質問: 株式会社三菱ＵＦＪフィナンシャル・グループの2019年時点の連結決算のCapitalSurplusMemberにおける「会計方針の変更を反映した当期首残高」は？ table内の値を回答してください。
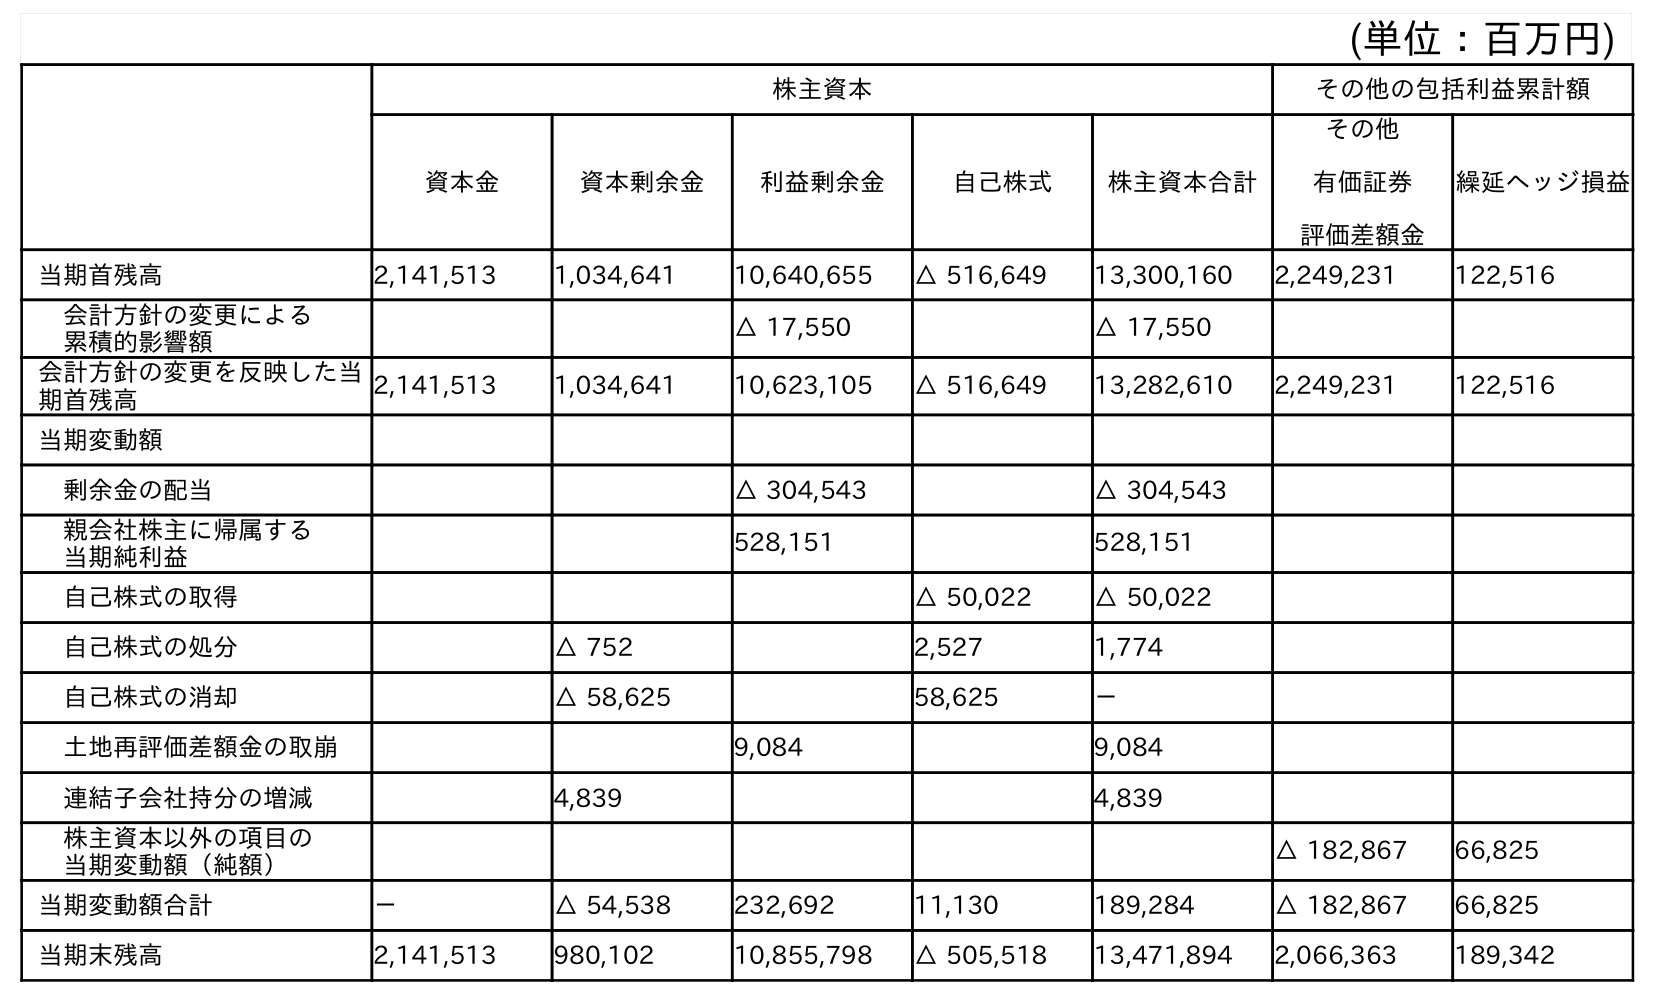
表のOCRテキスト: (単位：百万円) 株主資本 その他の包括利益累計額 資本金 資本剰余金 利益剰余金 自己株式 株主資本合計 その他 有価証券 評価差額金 繰延ヘッジ損益 当期首残高 2,141,513 1,034,641 10,640,655 △ 516,649 13,300,160 2,249,231 122,516 会計方針の変更による 累積的影響額 △ 17,550 △ 17,550 会計方針の変更を反映した当 期首残高 2,141,513 1,034,641 10,623,105 △ 516,649 13,282,610 2,249,231 122,516 当期変動額 剰余金の配当 △ 304,543 △ 304,543 親会社株主に帰属する 当期純利益 528,151 528,151 自己株式の取得 △ 50,022 △ 50,022 自己株式の処分 △ 752 2,527 1,774 自己株式の消却 △ 58,625 58,625 － 土地再評価差額金の取崩 9,084 9,084 連結子会社持分の増減 4,839 4,839 株主資本以外の項目の 当期変動額（純額） △ 182,867 66,825 当期変動額合計 － △ 54,538 232,692 11,130 189,284 △ 182,867 66,825 当期末残高 2,141,513 980,102 10,855,798 △ 505,518 13,471,894 2,066,363 189,342
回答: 1,034,641